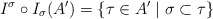
\begin{align*} I^\sigma \circ I_\sigma(A')=\{\tau \in A' \;|\; \sigma \subset \tau\}\end{align*}